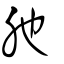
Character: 肔